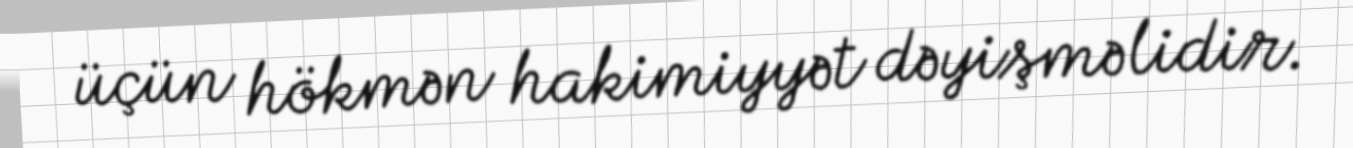
üçün hökmən hakimiyyət dəyişməlidir.